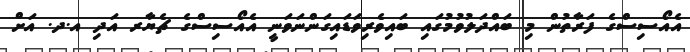
އެއޯސިސްގެ ފަރާތުން މި ބައްދަލުވުމުގައި ބައިވެރިވަޑައިގަންނަވަނީ އެއޯސިސްގެ ޗެޔާރ އަދި އ.ދ. އަށް